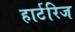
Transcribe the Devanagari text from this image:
हार्टरिज